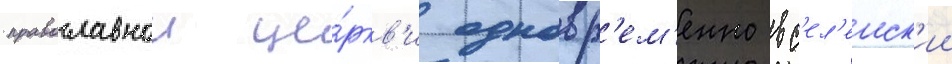
православнои це́ркв'и одновр'ем'енно вс'ел'енск'ии